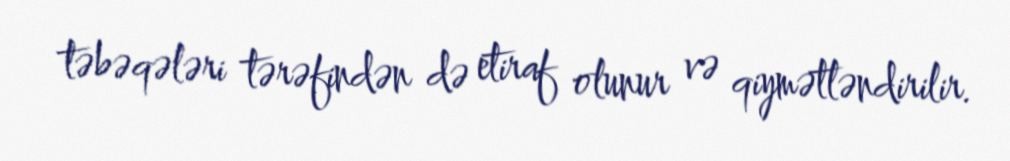
təbəqələri tərəfindən də etiraf olunur və qiymətləndirilir.